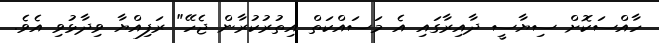
ހާއްސަކޮށް ސިޔާސީ ދާއިރާގައި އެ މަސައްކަތް އިތުރުކުރާން ޖެހޭ" ރަފިއްޔާ ވިދާޅުވި އެވެ.